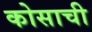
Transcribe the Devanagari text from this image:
कोसाची